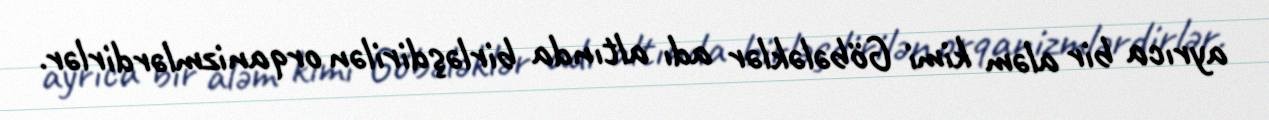
ayrıca bir aləm kimi Göbələklər adı altında birləşdirilən orqanizmlərdirlər.